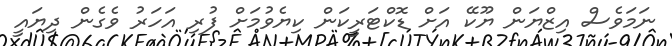
ނަމަވެސް އިޒްޔަން ޔޫކޭ އަށް ޑޮކްޓަރީކަން ކިޔެވުމަށް ފުރި އަހަރު ވެގެން ދިޔައީ